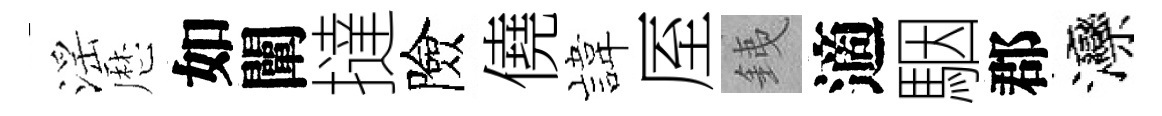
滛厯如闡撻險僥旗厔銕適駰郡灤